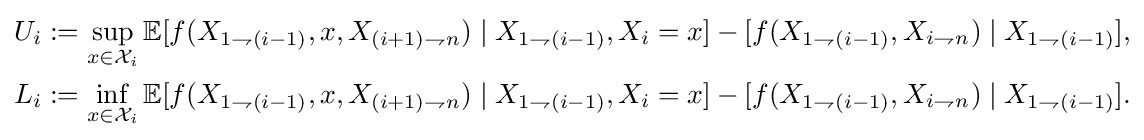
{\begin{aligned}U_{i}&:=\sup _{x\in {\mathcal {X}}_{i}}\mathbb {E} [f(X_{1\rightharpoondown (i-1)},x,X_{(i+1)\rightharpoondown n})\mid X_{1\rightharpoondown (i-1)},X_{i}=x]-\mathbb {[} f(X_{1\rightharpoondown (i-1)},X_{i\rightharpoondown n})\mid X_{1\rightharpoondown (i-1)}],\\L_{i}&:=\inf _{x\in {\mathcal {X}}_{i}}\mathbb {E} [f(X_{1\rightharpoondown (i-1)},x,X_{(i+1)\rightharpoondown n})\mid X_{1\rightharpoondown (i-1)},X_{i}=x]-\mathbb {[} f(X_{1\rightharpoondown (i-1)},X_{i\rightharpoondown n})\mid X_{1\rightharpoondown (i-1)}].\\\end{aligned}}